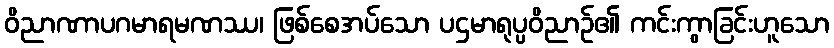
ဝိညာဏာပဂမာရမဏဿ၊ ဖြစ်စေအပ်သော ပဌမာရုပ္ပဝိညာဉ်၏ ကင်းကွာခြင်းဟူသော